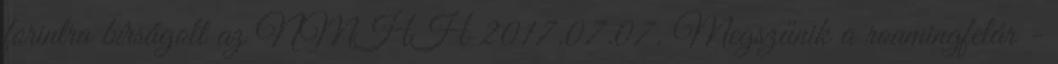
forintra bírságolt az NMHH 2017.07.07. Megszűnik a roamingfelár -